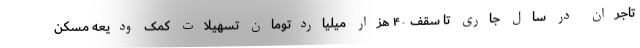
تاجران در سال جاری تا سقف ۴۰ هزار میلیاردتومان تسهیلات کمک ودیعه مسکن